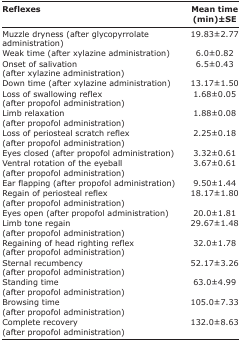
<table><thead><tr><td><b>Reflexes</b></td><td><b>Mean time (min)±SE</b></td></tr></thead><tbody><tr><td>Muzzle dryness (after glycopyrrolate administration)</td><td>19.83±2.77</td></tr><tr><td>Weak time (after xylazine administration)</td><td>6.0±0.82</td></tr><tr><td>Onset of salivation (after xylazine administration)</td><td>6.5±0.43</td></tr><tr><td>Down time (after xylazine administration)</td><td>13.17±1.50</td></tr><tr><td>Loss of swallowing reflex (after propofol administration)</td><td>1.68±0.05</td></tr><tr><td>Limb relaxation (after propofol administration)</td><td>1.88±0.08</td></tr><tr><td>Loss of periosteal scratch reflex (after propofol administration)</td><td>2.25±0.18</td></tr><tr><td>Eyes closed (after propofol administration)</td><td>3.32±0.61</td></tr><tr><td>Ventral rotation of the eyeball (after propofol administration)</td><td>3.67±0.61</td></tr><tr><td>Ear flapping (after propofol administration)</td><td>9.50±1.44</td></tr><tr><td>Regain of periosteal reflex (after propofol administration)</td><td>18.17±1.80</td></tr><tr><td>Eyes open (after propofol administration)</td><td>20.0±1.81</td></tr><tr><td>Limb tone regain (after propofol administration)</td><td>29.67±1.48</td></tr><tr><td>Regaining of head righting reflex (after propofol administration)</td><td>32.0±1.78</td></tr><tr><td>Sternal recumbency (after propofol administration)</td><td>52.17±3.26</td></tr><tr><td>Standing time (after propofol administration)</td><td>63.0±4.99</td></tr><tr><td>Browsing time (after propofol administration)</td><td>105.0±7.33</td></tr><tr><td>Complete recovery (after propofol administration)</td><td>132.0±8.63</td></tr></tbody></table>